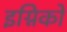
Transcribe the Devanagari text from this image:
इग्निको